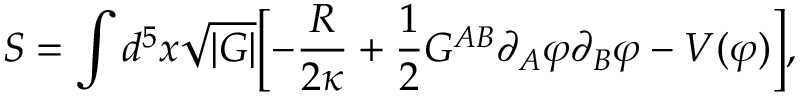
S = \int d ^ { 5 } x \sqrt { | G | } \biggl [ - \frac { R } { 2 \kappa } + \frac { 1 } { 2 } G ^ { A B } \partial _ { A } \varphi \partial _ { B } \varphi - V ( \varphi ) \biggr ] ,